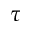
\tau